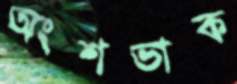
অংশভাক